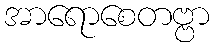
အာရောစေတဗ္ဗာ